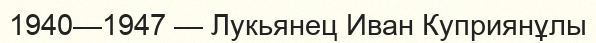
1940—1947 — Лукьянец Иван Куприянұлы